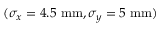
( \sigma _ { x } = 4 . 5 ~ \mathrm { m m } , \sigma _ { y } = 5 ~ \mathrm { m m } )